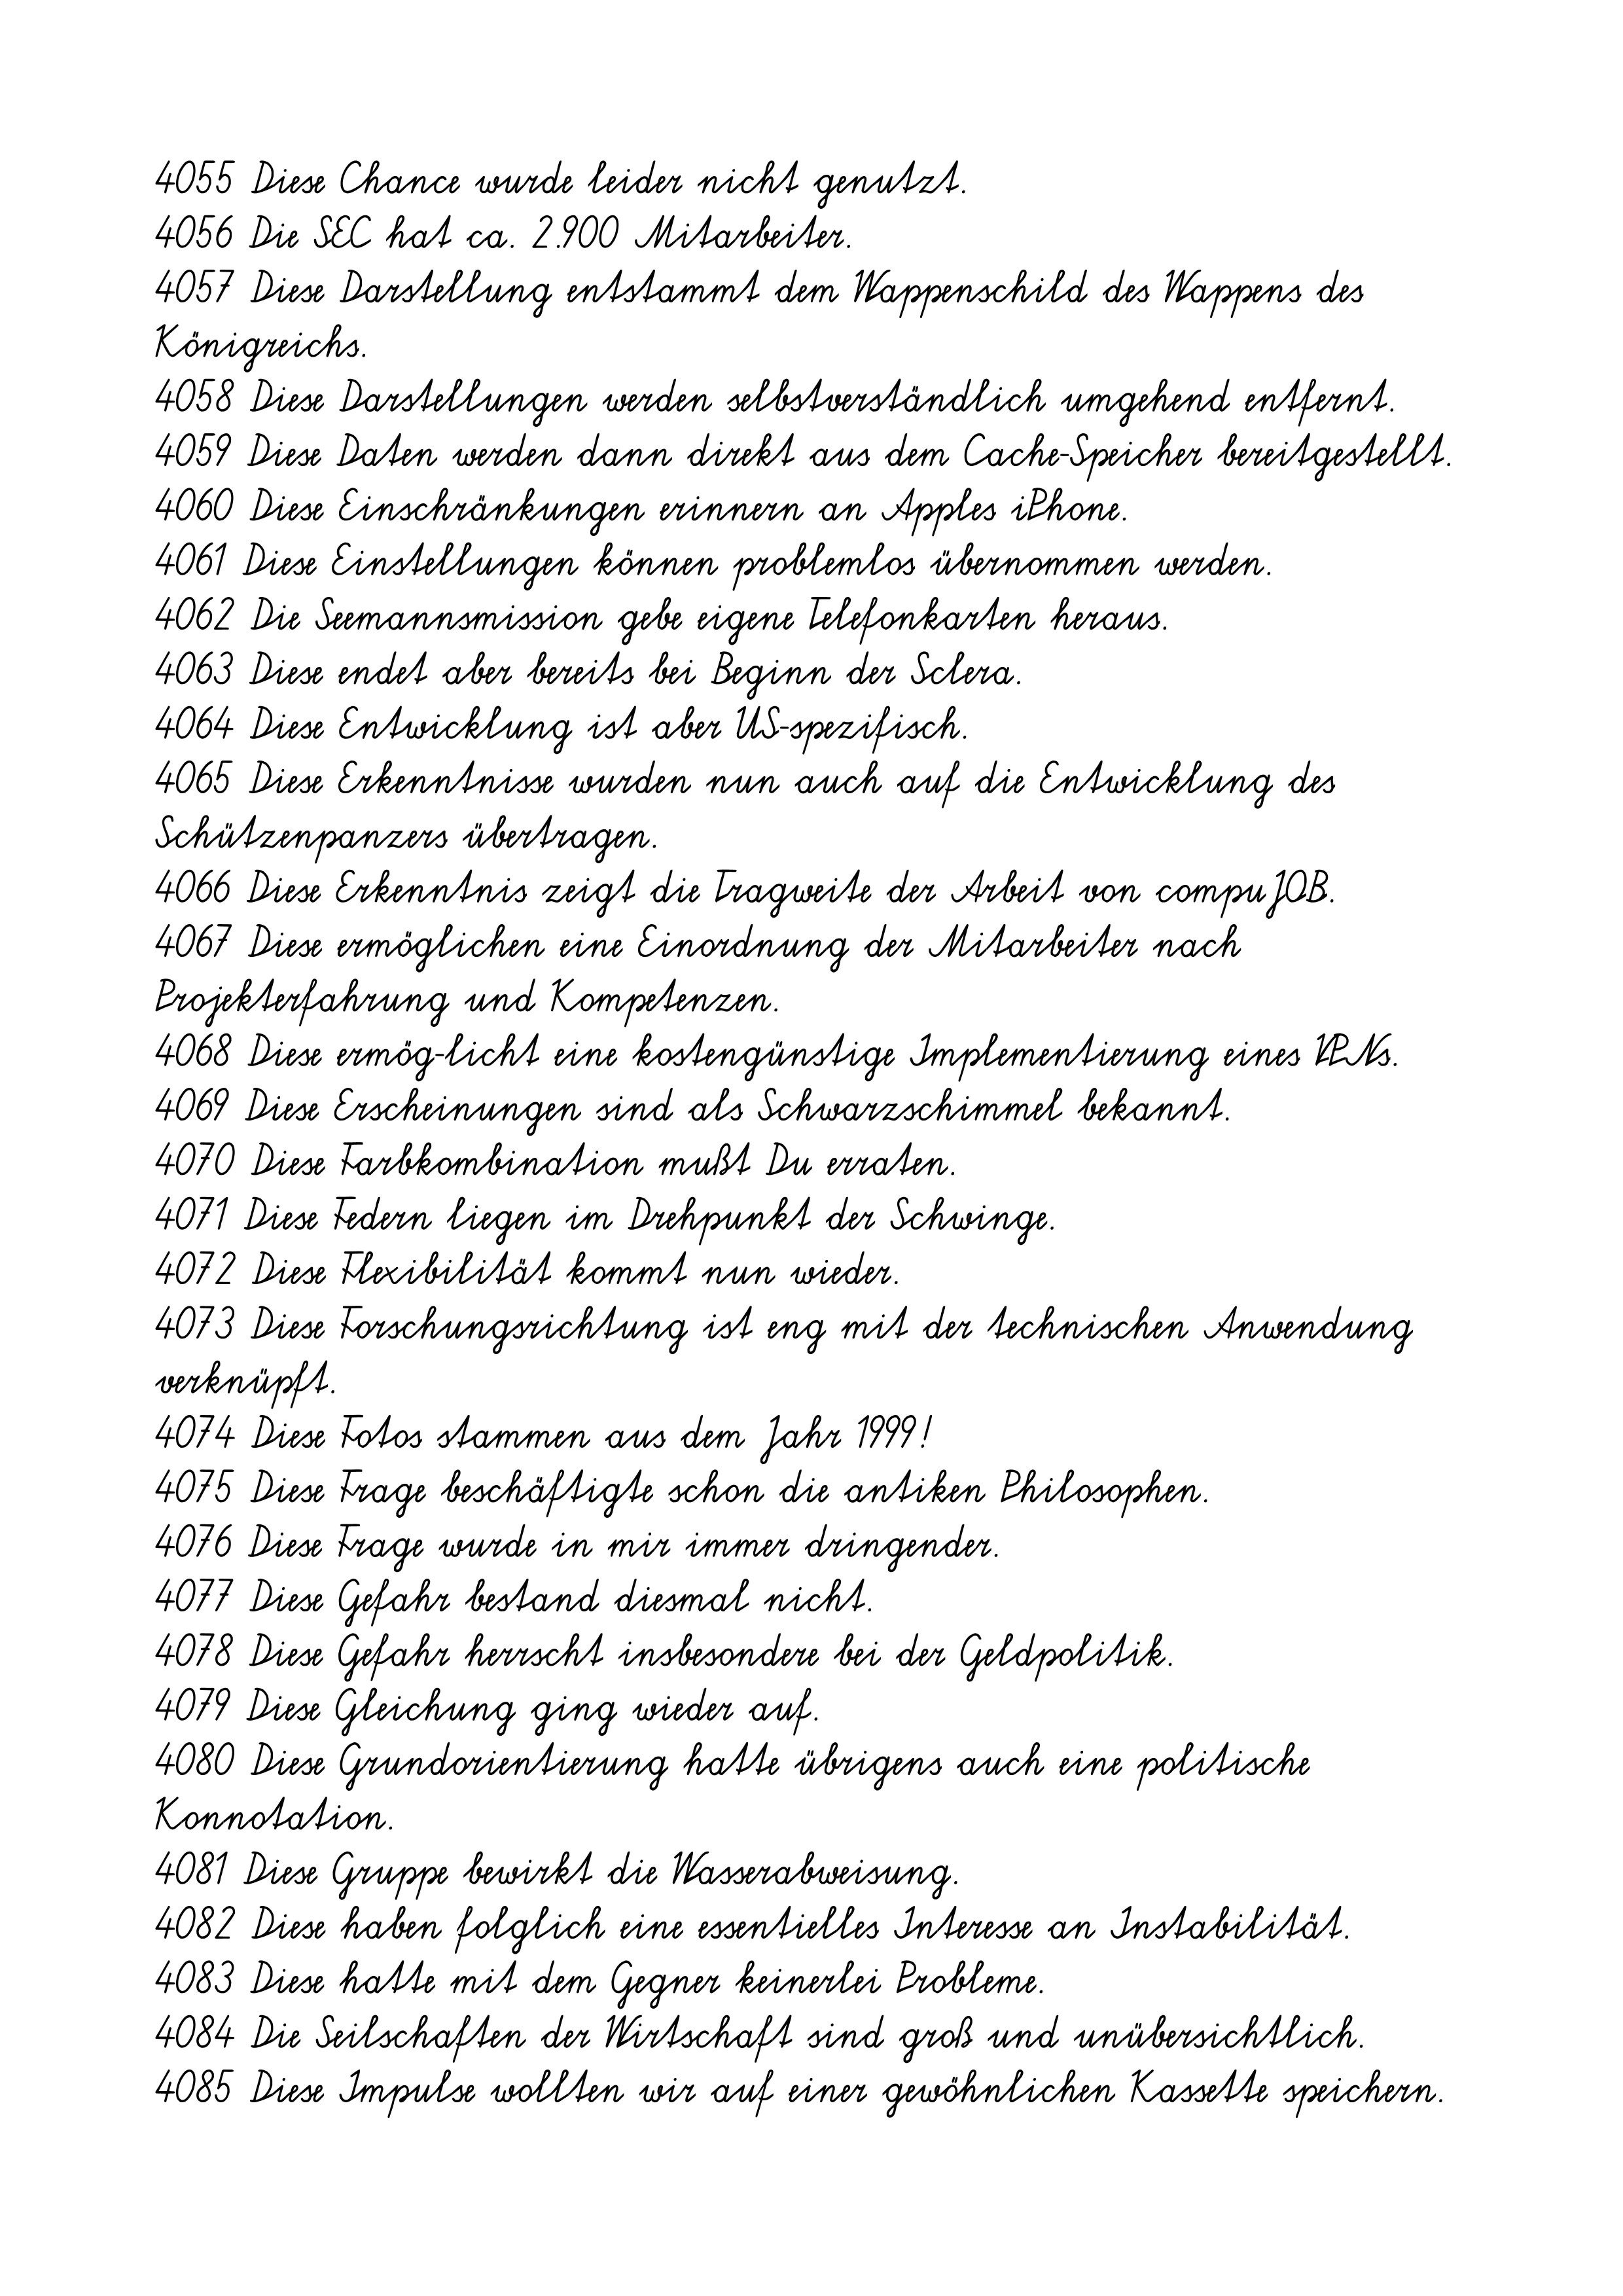
4055 Diese Chance wurde leider nicht genutzt.
4056 Die SEC hat ca. 2.900 Mitarbeiter.
4057 Diese Darstellung entstammt dem Wappenschild des Wappens des
Königreichs.
4058 Diese Darstellungen werden selbstverständlich umgehend entfernt.
4059 Diese Daten werden dann direkt aus dem Cache-Speicher bereitgestellt.
4060 Diese Einschränkungen erinnern an Apples iPhone.
4061 Diese Einstellungen können problemlos übernommen werden.
4062 Die Seemannsmission gebe eigene Telefonkarten heraus.
4063 Diese endet aber bereits bei Beginn der Sclera.
4064 Diese Entwicklung ist aber US-spezifisch.
4065 Diese Erkenntnisse wurden nun auch auf die Entwicklung des
Schützenpanzers übertragen.
4066 Diese Erkenntnis zeigt die Tragweite der Arbeit von compuJOB.
4067 Diese ermöglichen eine Einordnung der Mitarbeiter nach
Projekterfahrung und Kompetenzen.
4068 Diese ermög-licht eine kostengünstige Implementierung eines VPNs.
4069 Diese Erscheinungen sind als Schwarzschimmel bekannt.
4070 Diese Farbkombination mußt Du erraten.
4071 Diese Federn liegen im Drehpunkt der Schwinge.
4072 Diese Flexibilität kommt nun wieder.
4073 Diese Forschungsrichtung ist eng mit der technischen Anwendung
verknüpft.
4074 Diese Fotos stammen aus dem Jahr 1999!
4075 Diese Frage beschäftigte schon die antiken Philosophen.
4076 Diese Frage wurde in mir immer dringender.
4077 Diese Gefahr bestand diesmal nicht.
4078 Diese Gefahr herrscht insbesondere bei der Geldpolitik.
4079 Diese Gleichung ging wieder auf.
4080 Diese Grundorientierung hatte übrigens auch eine politische
Konnotation.
4081 Diese Gruppe bewirkt die Wasserabweisung.
4082 Diese haben folglich eine essentielles Interesse an Instabilität.
4083 Diese hatte mit dem Gegner keinerlei Probleme.
4084 Die Seilschaften der Wirtschaft sind groß und unübersichtlich.
4085 Diese Impulse wollten wir auf einer gewöhnlichen Kassette speichern.